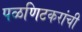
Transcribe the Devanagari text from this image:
पळणिटकरांची